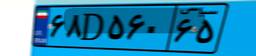
۶۸D۵۶۰۶۵